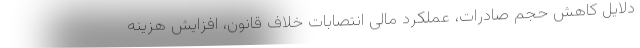
دلایل کاهش حجم صادرات، عملکرد مالی انتصابات خلاف قانون، افزایش هزینه